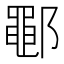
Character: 鄳